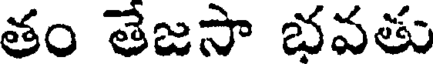
తం తేజసా భవతు